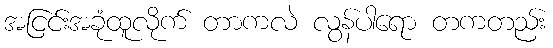
အငြင်းအခုံထူလိုက် တာကလဲ လွန်ပါရော တကတည်း